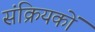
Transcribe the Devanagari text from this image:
संक्रियकों